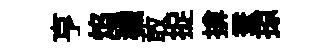
亨焰穢敢捉揜蚕掠